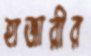
হাজারীর